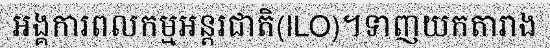
អង្គការពលកម្មអន្តរជាតិ(ILO)។ទាញយកតារាង